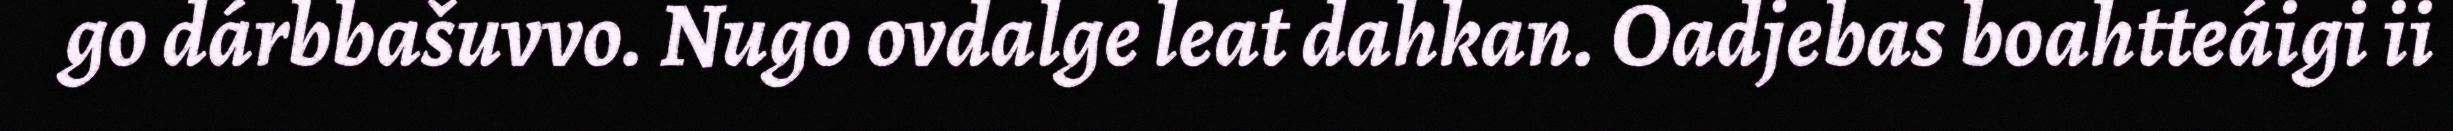
go dárbbašuvvo. Nugo ovdalge leat dahkan. Oadjebas boahtteáigi ii